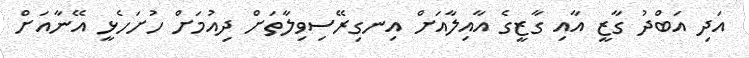
އަދި އަބްދު ގާޒީ އާއި ގާޒީގެ އާއިލާއަށް އިނގިރޭސިވިލާތަށް ދިއުމަށް ހުށަހެޅީ އޭނާއަށް